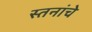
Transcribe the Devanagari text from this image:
स्तनांचे